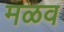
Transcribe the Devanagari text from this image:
मळव